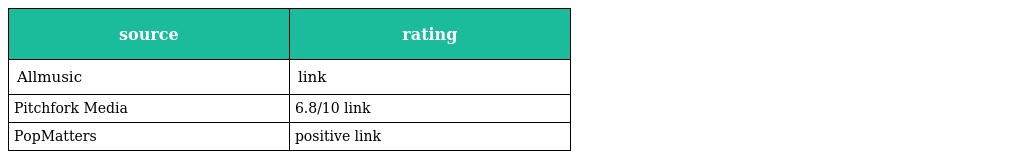
| source | rating |
 | --- | --- |
 | Allmusic | link |
 | Pitchfork Media | 6.8/10 link |
 | PopMatters | positive link |